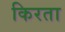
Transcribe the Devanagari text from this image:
किरता